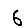
Digit: 6